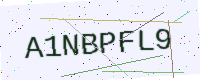
Text: A1NBPFL9